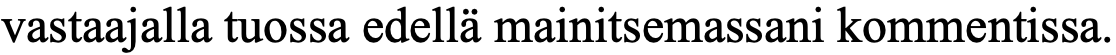
vastaajalla tuossa edellä mainitsemassani kommentissa.